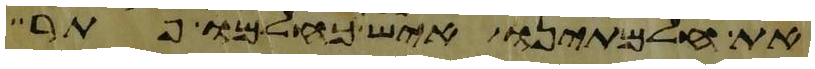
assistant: את חלמתינו איש כחלמו פתר